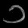
Digit: ၁